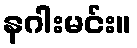
နဂါးမင်း။